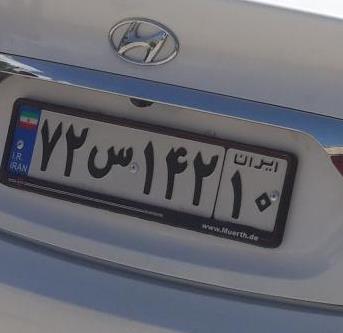
۷۲س۱۴۲۱۰